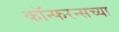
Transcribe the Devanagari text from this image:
कॉन्फरन्सच्या